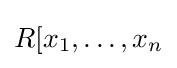
R[x_{1},\ldots ,x_{n}